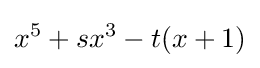
x^{5}+sx^{3}-t(x+1)